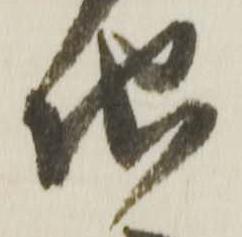
地